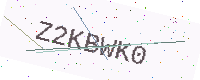
Text: Z2KBWK0